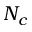
N _ { c }